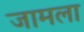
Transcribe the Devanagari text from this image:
जामला